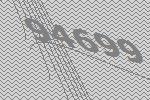
94699